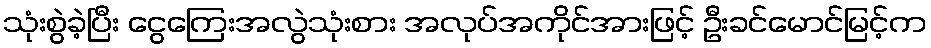
သုံးစွဲခဲ့ပြီး ငွေကြေးအလွဲသုံးစား အလုပ်အကိုင်အားဖြင့် ဦးခင်မောင်မြင့်က